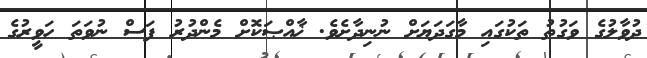
ދުވާލުގެ ވަގުތު ތަކުގައި މާގަދަޔަށް ނުނިދާށެވެ. ޚާއްޞަކޮށް މެންދުރު ފަސް ނުވަތަ ހަވީރުގެ